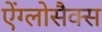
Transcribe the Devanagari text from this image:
ऐंग्लोसैक्स